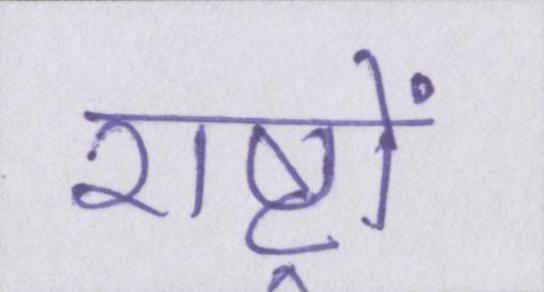
राष्ट्रों